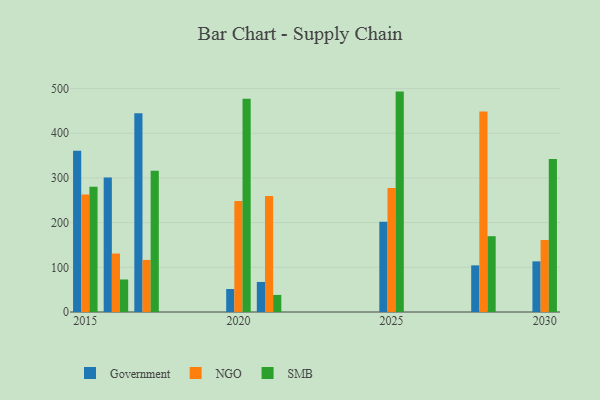
{"axis": {"x": "Year", "y": "Population (Million)"}, "legend": ["Government", "NGO", "SMB"], "data": [{"x": "2017", "y": 445.0, "type": "Government"}, {"x": "2017", "y": 116.5, "type": "NGO"}, {"x": "2017", "y": 316.3, "type": "SMB"}, {"x": "2021", "y": 67.3, "type": "Government"}, {"x": "2021", "y": 259.5, "type": "NGO"}, {"x": "2021", "y": 38.2, "type": "SMB"}, {"x": "2015", "y": 360.8, "type": "Government"}, {"x": "2015", "y": 262.9, "type": "NGO"}, {"x": "2015", "y": 280.2, "type": "SMB"}, {"x": "2025", "y": 201.8, "type": "Government"}, {"x": "2025", "y": 277.3, "type": "NGO"}, {"x": "2025", "y": 493.2, "type": "SMB"}, {"x": "2020", "y": 51.5, "type": "Government"}, {"x": "2020", "y": 248.3, "type": "NGO"}, {"x": "2020", "y": 477.2, "type": "SMB"}, {"x": "2028", "y": 104.4, "type": "Government"}, {"x": "2028", "y": 448.6, "type": "NGO"}, {"x": "2028", "y": 169.6, "type": "SMB"}, {"x": "2030", "y": 113.3, "type": "Government"}, {"x": "2030", "y": 161.1, "type": "NGO"}, {"x": "2030", "y": 342.4, "type": "SMB"}, {"x": "2016", "y": 301.0, "type": "Government"}, {"x": "2016", "y": 130.8, "type": "NGO"}, {"x": "2016", "y": 72.8, "type": "SMB"}]}